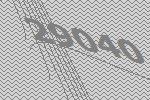
29040